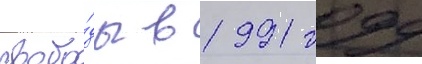
свобо́ды в 1991 году